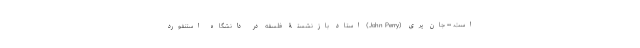
است. •• جان پری (John Perry) استاد بازنشستۀ فلسفه در دانشگاه استنفورد